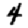
Digit: 4